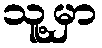
သူ့မှာ